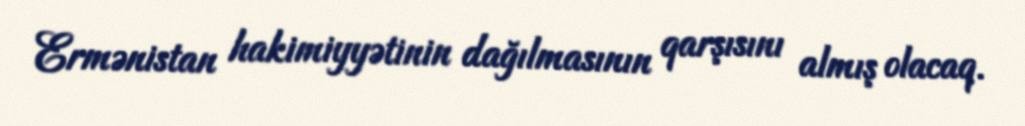
Ermənistan hakimiyyətinin dağılmasının qarşısını almış olacaq.